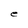
Character: e